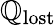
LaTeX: \mathbb{Q}_{\mathrm{{lost}}}